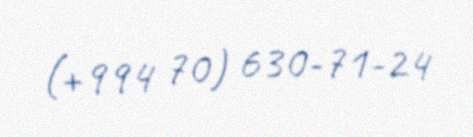
(+994 70) 630-71-24